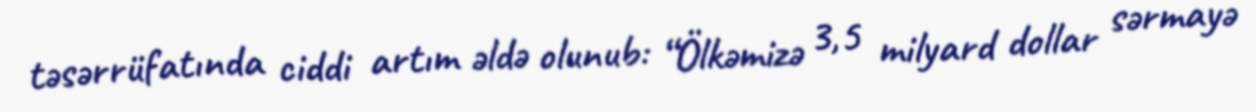
təsərrüfatında ciddi artım əldə olunub: “Ölkəmizə 3,5 milyard dollar sərmayə